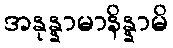
အနုန္နာမာနိန္နာမိ